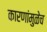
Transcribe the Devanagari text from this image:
कारणांमुळेच